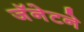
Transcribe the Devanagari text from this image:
जॅनेटने